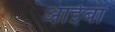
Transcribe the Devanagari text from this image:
आईबा